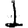
Digit: 1